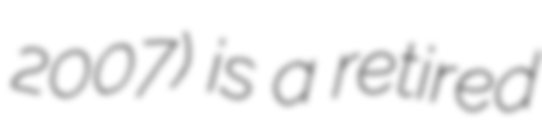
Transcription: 2007) is a retired